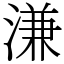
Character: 溓